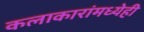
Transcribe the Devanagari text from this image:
कलाकारांमध्येही